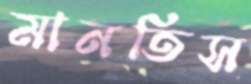
মানতিস